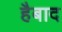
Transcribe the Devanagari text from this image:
हैबाद